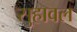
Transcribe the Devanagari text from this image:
सुहावल